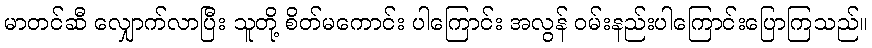
မာတင်ဆီ လျှောက်လာပြီး သူတို့ စိတ်မကောင်း ပါကြောင်း အလွန် ဝမ်းနည်းပါကြောင်းပြောကြသည်။